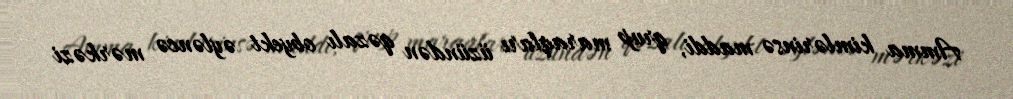
Amma kimlərinsə maddi, qrup maraqları üzündən qəzalı obyekt əyləncə mərkəzi